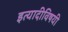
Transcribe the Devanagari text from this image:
इत्यादीविषयी